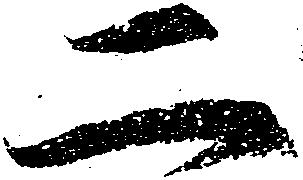
二